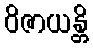
ဝိဇာယန္တိ